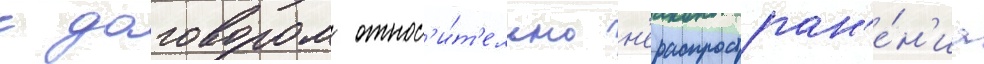
с договором относ'и́т'ельно н'ераспростран'е́н'иа